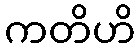
ကတိဟိ